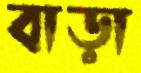
বাড়া